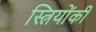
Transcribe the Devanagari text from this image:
स्त्रियोंकी